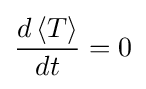
{\frac {d\left\langle T\right\rangle }{dt}}=0